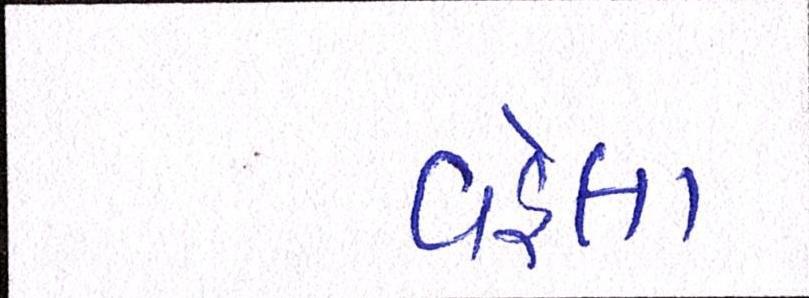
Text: વહેલા